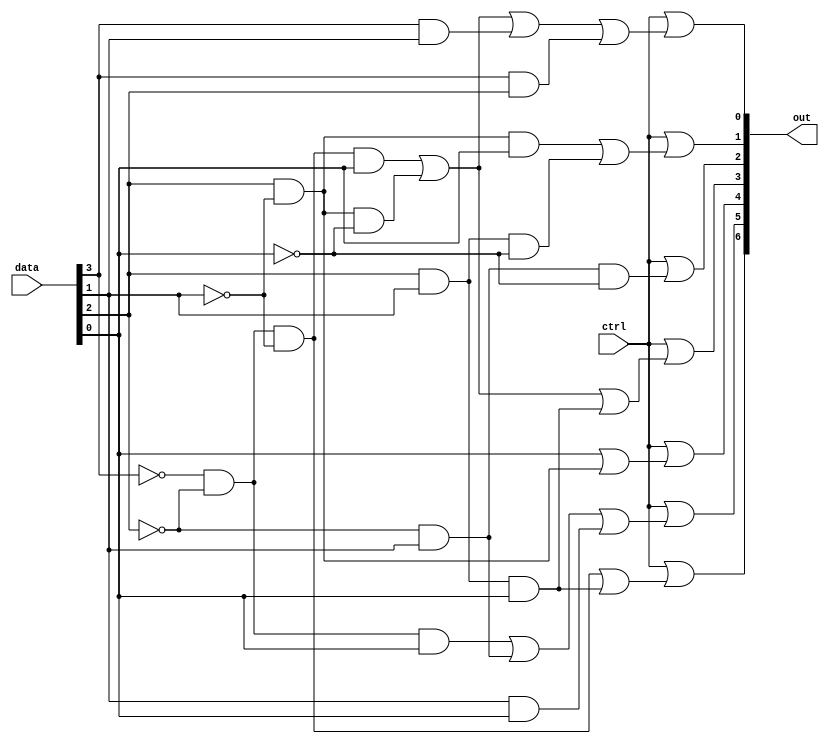
`timescale 1ns / 1ps
//////////////////////////////////////////////////////////////////////////////////
// Company: 
// Engineer: 
// 
// Design Name: 
// Module Name:    Seven_Seg 
// Project Name: 
// Target Devices: 
// Tool versions: 
// Description: 
//
// Dependencies: 
//
// Revision: 
// Revision 0.01 - File Created
// Additional Comments: 
//
//////////////////////////////////////////////////////////////////////////////////
module Seven_seg(
    input [3:0] data,
	 input ctrl,
	 output [6:0] out);
	 
	 assign out[0] = ctrl | (~data[3] & ~data[2] & ~data[1] & data[0] | data[2] & ~data[1] & ~data[0] | data[3] & data[1] | data[3] & data[2]);
	 assign out[1] = ctrl | (data[2] & ~data[1] & data[0] | data[2] & data[1] & ~data[0]);
	 assign out[2] = ctrl | (~data[2] & data[1] & ~data[0]);
	 assign out[3] = ctrl | (~data[3] & ~data[2] & ~data[1] & data[0] | data[2] & ~data[1] & ~data[0] | data[2] & data[1] & data[0]);
	 assign out[4] = ctrl | (data[0] | data[2] & ~data[1]);
	 assign out[5] = ctrl | (~data[3] & ~data[2] & data[0] | ~data[2] & data[1] | data[1] & data[0]);
	 assign out[6] = ctrl | (~data[3] & ~data[2] & ~data[1] | data[2] & data[1] & data[0]);
	 // assign out[7] = 1'b1;

endmodule